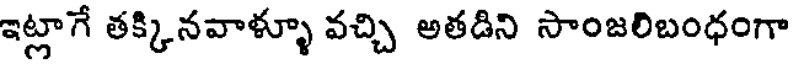
ఇట్లాగే తక్కినవాళ్ళూ వచ్చి అతడిని సాంజలిబంధంగా